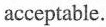
acceptable.